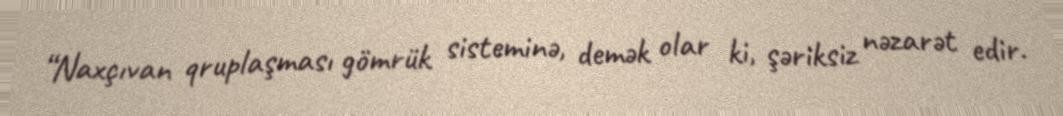
“Naxçıvan qruplaşması gömrük sisteminə, demək olar ki, şəriksiz nəzarət edir.